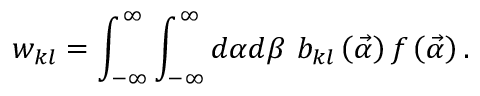
w _ { k l } = \int _ { - \infty } ^ { \infty } \int _ { - \infty } ^ { \infty } d \alpha d \beta \ b _ { k l } \left( \vec { \alpha } \right) f \left( \vec { \alpha } \right) .